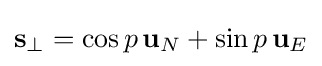
\mathbf {s} _{\perp }=\cos p\,\mathbf {u} _{N}+\sin p\,\mathbf {u} _{E}